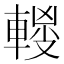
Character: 𰹜